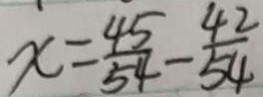
x = \frac { 4 5 } { 5 4 } - \frac { 4 2 } { 5 4 }